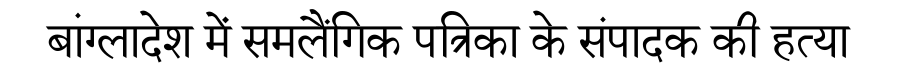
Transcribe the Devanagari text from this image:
बांग्लादेश में समलैंगिक पत्रिका के संपादक की हत्या